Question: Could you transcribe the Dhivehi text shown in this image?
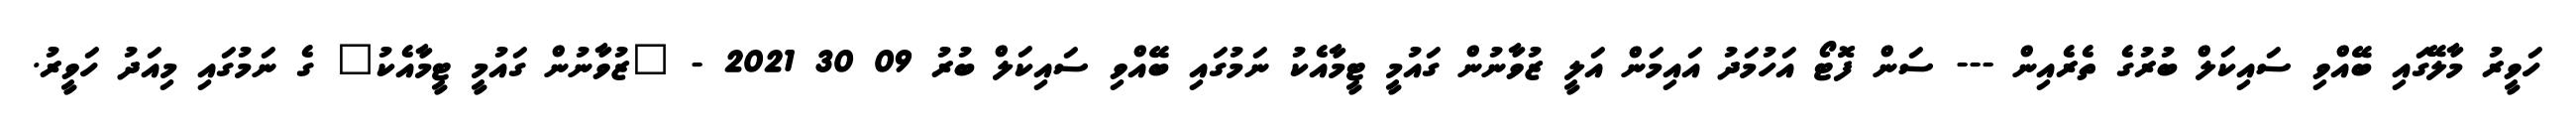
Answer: ހަވީރު މާލޭގައި ބޭއްވި ސައިކަލް ބުރުގެ ތެރެއިން --- ސަން ފޮޓޯ އަހުމަދު އައިމަން އަލީ ޒުވާނުން ގައުމީ ޓީމާއެކު ނަމުގައި ބޭއްވި ސައިކަލް ބުރު 09 30 2021 - "ޒުވާނުން ގައުމީ ޓީމާއެކު" ގެ ނަމުގައި މިއަދު ހަވީރު.